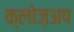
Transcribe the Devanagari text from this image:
क्लोज़अप